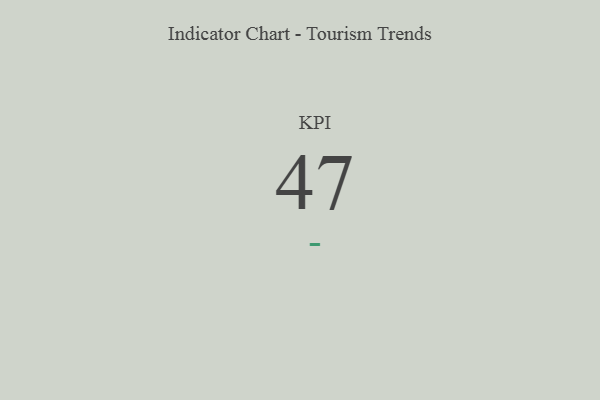
{"axis": {"x": "KPI", "y": "Value"}, "legend": [""], "data": [{"x": "KPI", "y": 47, "type": ""}]}